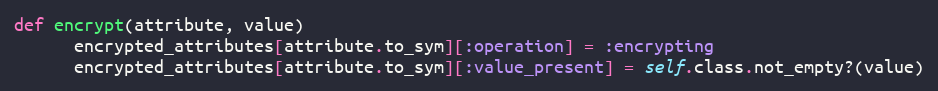
Language: Ruby
def encrypt(attribute, value)
      encrypted_attributes[attribute.to_sym][:operation] = :encrypting
      encrypted_attributes[attribute.to_sym][:value_present] = self.class.not_empty?(value)